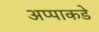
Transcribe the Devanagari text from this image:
अप्पाकडे